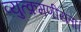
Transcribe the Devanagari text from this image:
व्युत्क्रमणीयता।